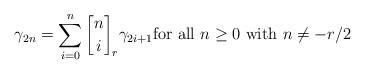
LaTeX: \begin{align*}\gamma_{2n}=\sum_{i=0}^n{n \brack i}_r \gamma_{2i+1} \mbox{for all }n\ge 0\mbox{ with }n\ne -r/2\end{align*}